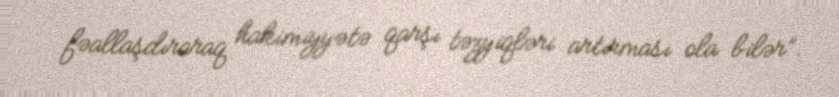
fəallaşdıraraq hakimiyyətə qarşı təzyiqləri artırması ola bilər”.